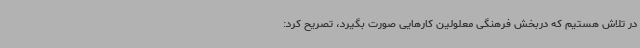
در تلاش هستیم که دربخش فرهنگی معلولین کارهایی صورت بگیرد، تصریح کرد: